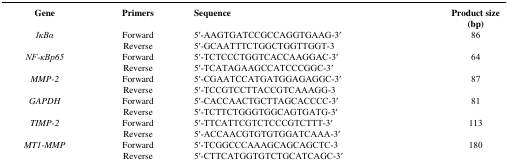
<table><thead><tr><td><b>Gene</b></td><td><b>Primers</b></td><td><b>Sequence</b></td><td><b>Product size (bp)</b></td></tr></thead><tbody><tr><td><i>IκBα</i></td><td>Forward</td><td>5′-AAGTGATCCGCCAGGTGAAG-3′</td><td>86</td></tr><tr><td> </td><td>Reverse</td><td>5′-GCAATTTCTGGCTGGTTGGT-3</td><td></td></tr><tr><td><i>NF-κBp65</i></td><td>Forward</td><td>5′-TCTCCCTGGTCACCAAGGAC-3′</td><td>64</td></tr><tr><td> </td><td>Reverse</td><td>5′-TCATAGAAGCCATCCCGGC-3′</td><td></td></tr><tr><td><i>MMP-2</i></td><td>Forward</td><td>5′-CGAATCCATGATGGAGAGGC-3′</td><td>87</td></tr><tr><td> </td><td>Reverse</td><td>5′-TCCGTCCTTACCGTCAAAGG-3</td><td></td></tr><tr><td><i>GAPDH</i></td><td>Forward</td><td>5′-CACCAACTGCTTAGCACCCC-3′</td><td>81</td></tr><tr><td> </td><td>Reverse</td><td>5′-TCTTCTGGGTGGCAGTGATG-3′</td><td></td></tr><tr><td><i>TIMP-2</i></td><td>Forward</td><td>5′-TTCATTCGTCTCCCGTCTTT-3′</td><td>113</td></tr><tr><td> </td><td>Reverse</td><td>5′-ACCAACGTGTGTGGATCAAA-3′</td><td></td></tr><tr><td><i>MT1-MMP</i></td><td>Forward</td><td>5′-TCGGCCCAAAGCAGCAGCTC-3</td><td>180</td></tr><tr><td> </td><td>Reverse</td><td>5′-CTTCATGGTGTCTGCATCAGC-3′</td><td></td></tr></tbody></table>